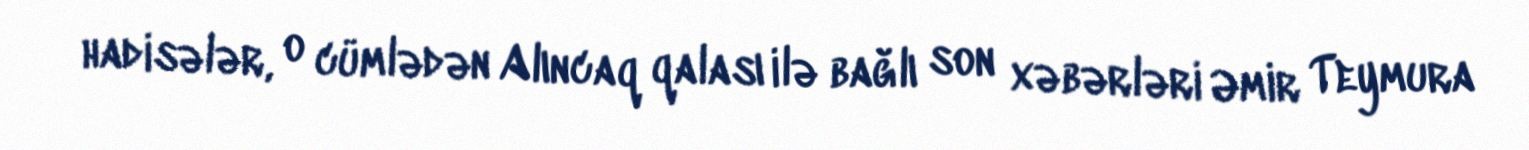
hadisələr, o cümlədən Alıncaq qalası ilə bağlı son xəbərləri Əmir Teymura